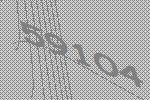
59104